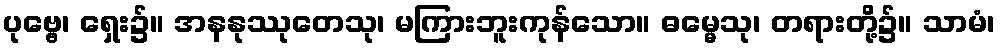
ပုဗ္ဗေ၊ ရှေး၌။ အနနုဿုတေသု၊ မကြားဘူးကုန်သော။ ဓမ္မေသု၊ တရားတို့၌။ သာမံ၊